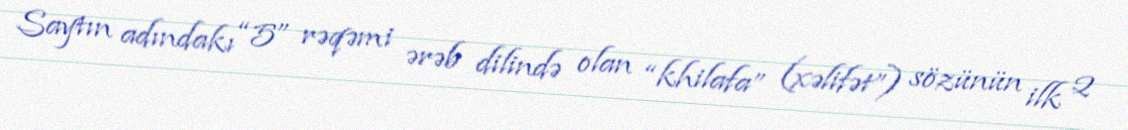
Saytın adındakı “5” rəqəmi ərəb dilində olan “khilafa” (xəlifət”) sözünün ilk 2